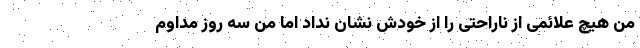
من هیچ علائمی از ناراحتی را از خودش نشان نداد اما من سه روز مداوم